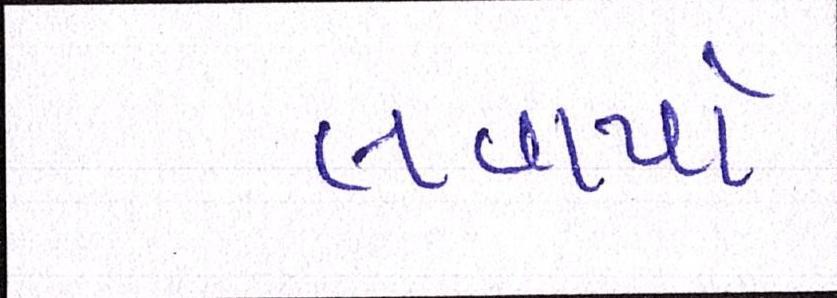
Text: લવાયો